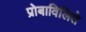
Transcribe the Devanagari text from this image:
प्रोबाविलिते